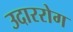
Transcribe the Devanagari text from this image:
उदाररोग